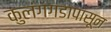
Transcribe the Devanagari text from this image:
कुलंगगडापासून